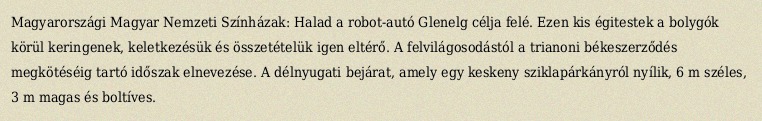
Magyarországi Magyar Nemzeti Színházak: Halad a robot-autó Glenelg célja felé. Ezen kis égitestek a bolygók körül keringenek, keletkezésük és összetételük igen eltérő. A felvilágosodástól a trianoni békeszerződés megkötéséig tartó időszak elnevezése. A délnyugati bejárat, amely egy keskeny sziklapárkányról nyílik, 6 m széles, 3 m magas és boltíves.